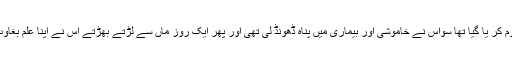
اسے خود کو منوانے سے محروم کر یا گیا تھا سواس نے خاموشی اور بیماری میں پناہ ڈھونڈ لی تھی اور پھر ایک روز ماں سے لڑتے بھڑتے اس نے اپنا علم بغاوت بغل میں دابا اور کفن اوڑھ لیا۔